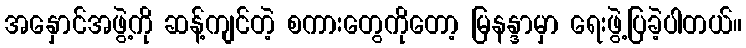
အနှောင်အဖွဲ့ကို ဆန့်ကျင်တဲ့ စကားတွေကိုတော့ မြနန္ဒာမှာ ရေးဖွဲ့ပြခဲ့ပါတယ်။